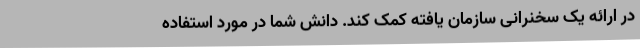
در ارائه یک سخنرانی سازمان یافته کمک کند. دانش شما در مورد استفاده